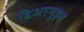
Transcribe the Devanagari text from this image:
डिअरमुइड